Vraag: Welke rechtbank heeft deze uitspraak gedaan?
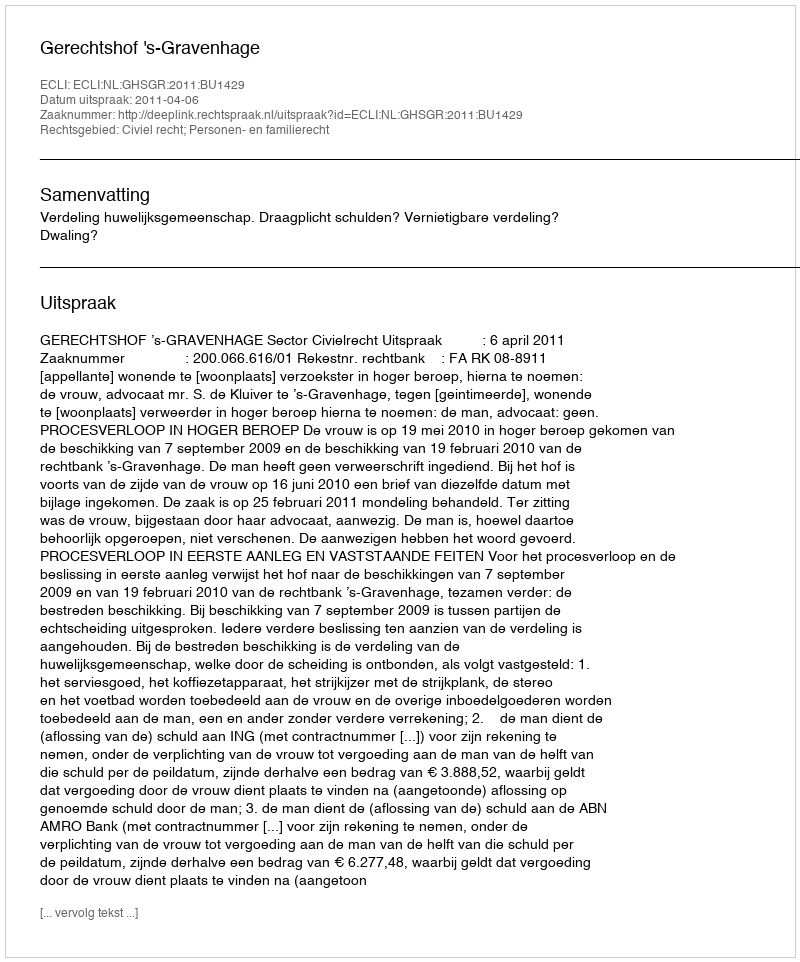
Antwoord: Gerechtshof 's-Gravenhage